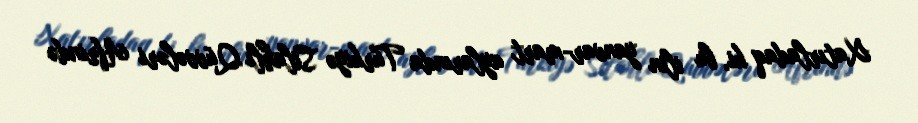
Xatırladaq ki, bu ilin yanvar-mart aylarında Türkiyə Silahlı Qüvvələri Afrində